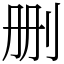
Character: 删